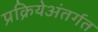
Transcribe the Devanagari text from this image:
प्रक्रियेअंतर्गत